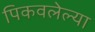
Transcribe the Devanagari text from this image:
पिकवलेल्या